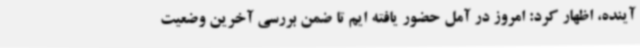
آینده، اظهار کرد: امروز در آمل حضور یافته ایم تا ضمن بررسی آخرین وضعیت